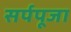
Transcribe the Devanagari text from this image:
सर्पपूजा